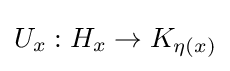
U_{x}:H_{x}\rightarrow K_{\eta (x)}